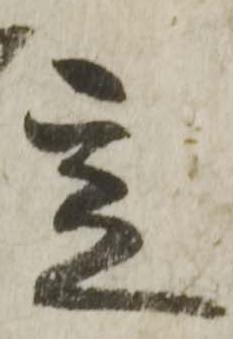
定